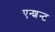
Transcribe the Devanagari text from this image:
एन्शन्ट